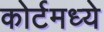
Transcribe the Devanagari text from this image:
कोर्टमध्ये